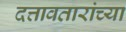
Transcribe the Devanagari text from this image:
दत्तावतारांच्या